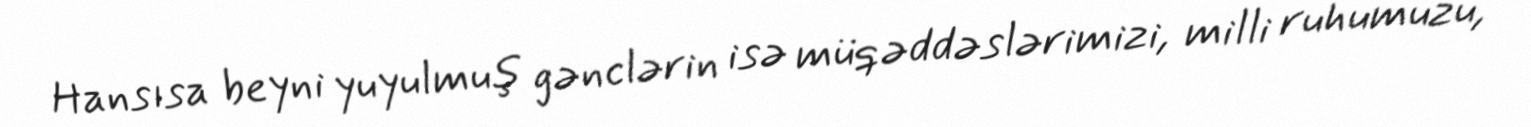
Hansısa beyni yuyulmuş gənclərin isə müqəddəslərimizi, milli ruhumuzu,